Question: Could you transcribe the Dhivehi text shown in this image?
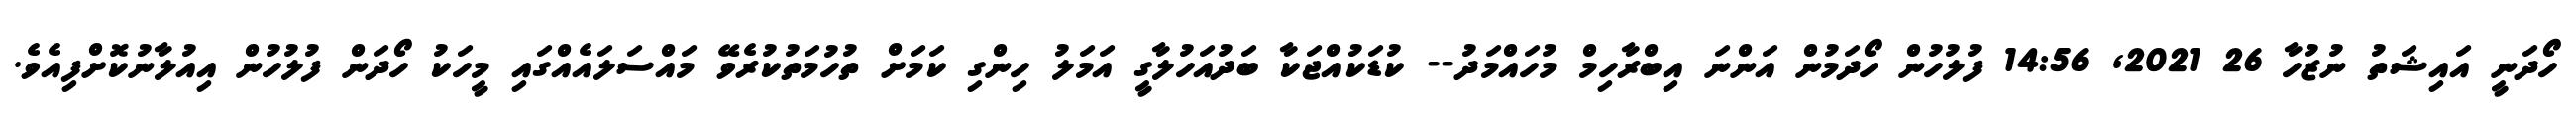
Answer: ހޯދަނީ އައިޝަތު ނުޒުހާ 26 2021, 14:56 ފުލުހުން ހޯދަމުން އަންނަ އިބްރާހިމް މުހައްމަދު-- ކުޑަކުއްޖަކާ ބަދުއަހުލާގީ އަމަލު ހިންގި ކަމަށް ތުހުމަތުކުރެވޭ މައްސަލައެއްގައި މީހަކު ހޯދަން ފުލުހުން އިއުލާނުކޮށްފިއެވެ.